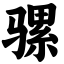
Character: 骡